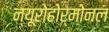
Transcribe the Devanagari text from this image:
न्यूरोहोर्मोनल